Seli_vallavalitsus_Parnumaal, lk 18
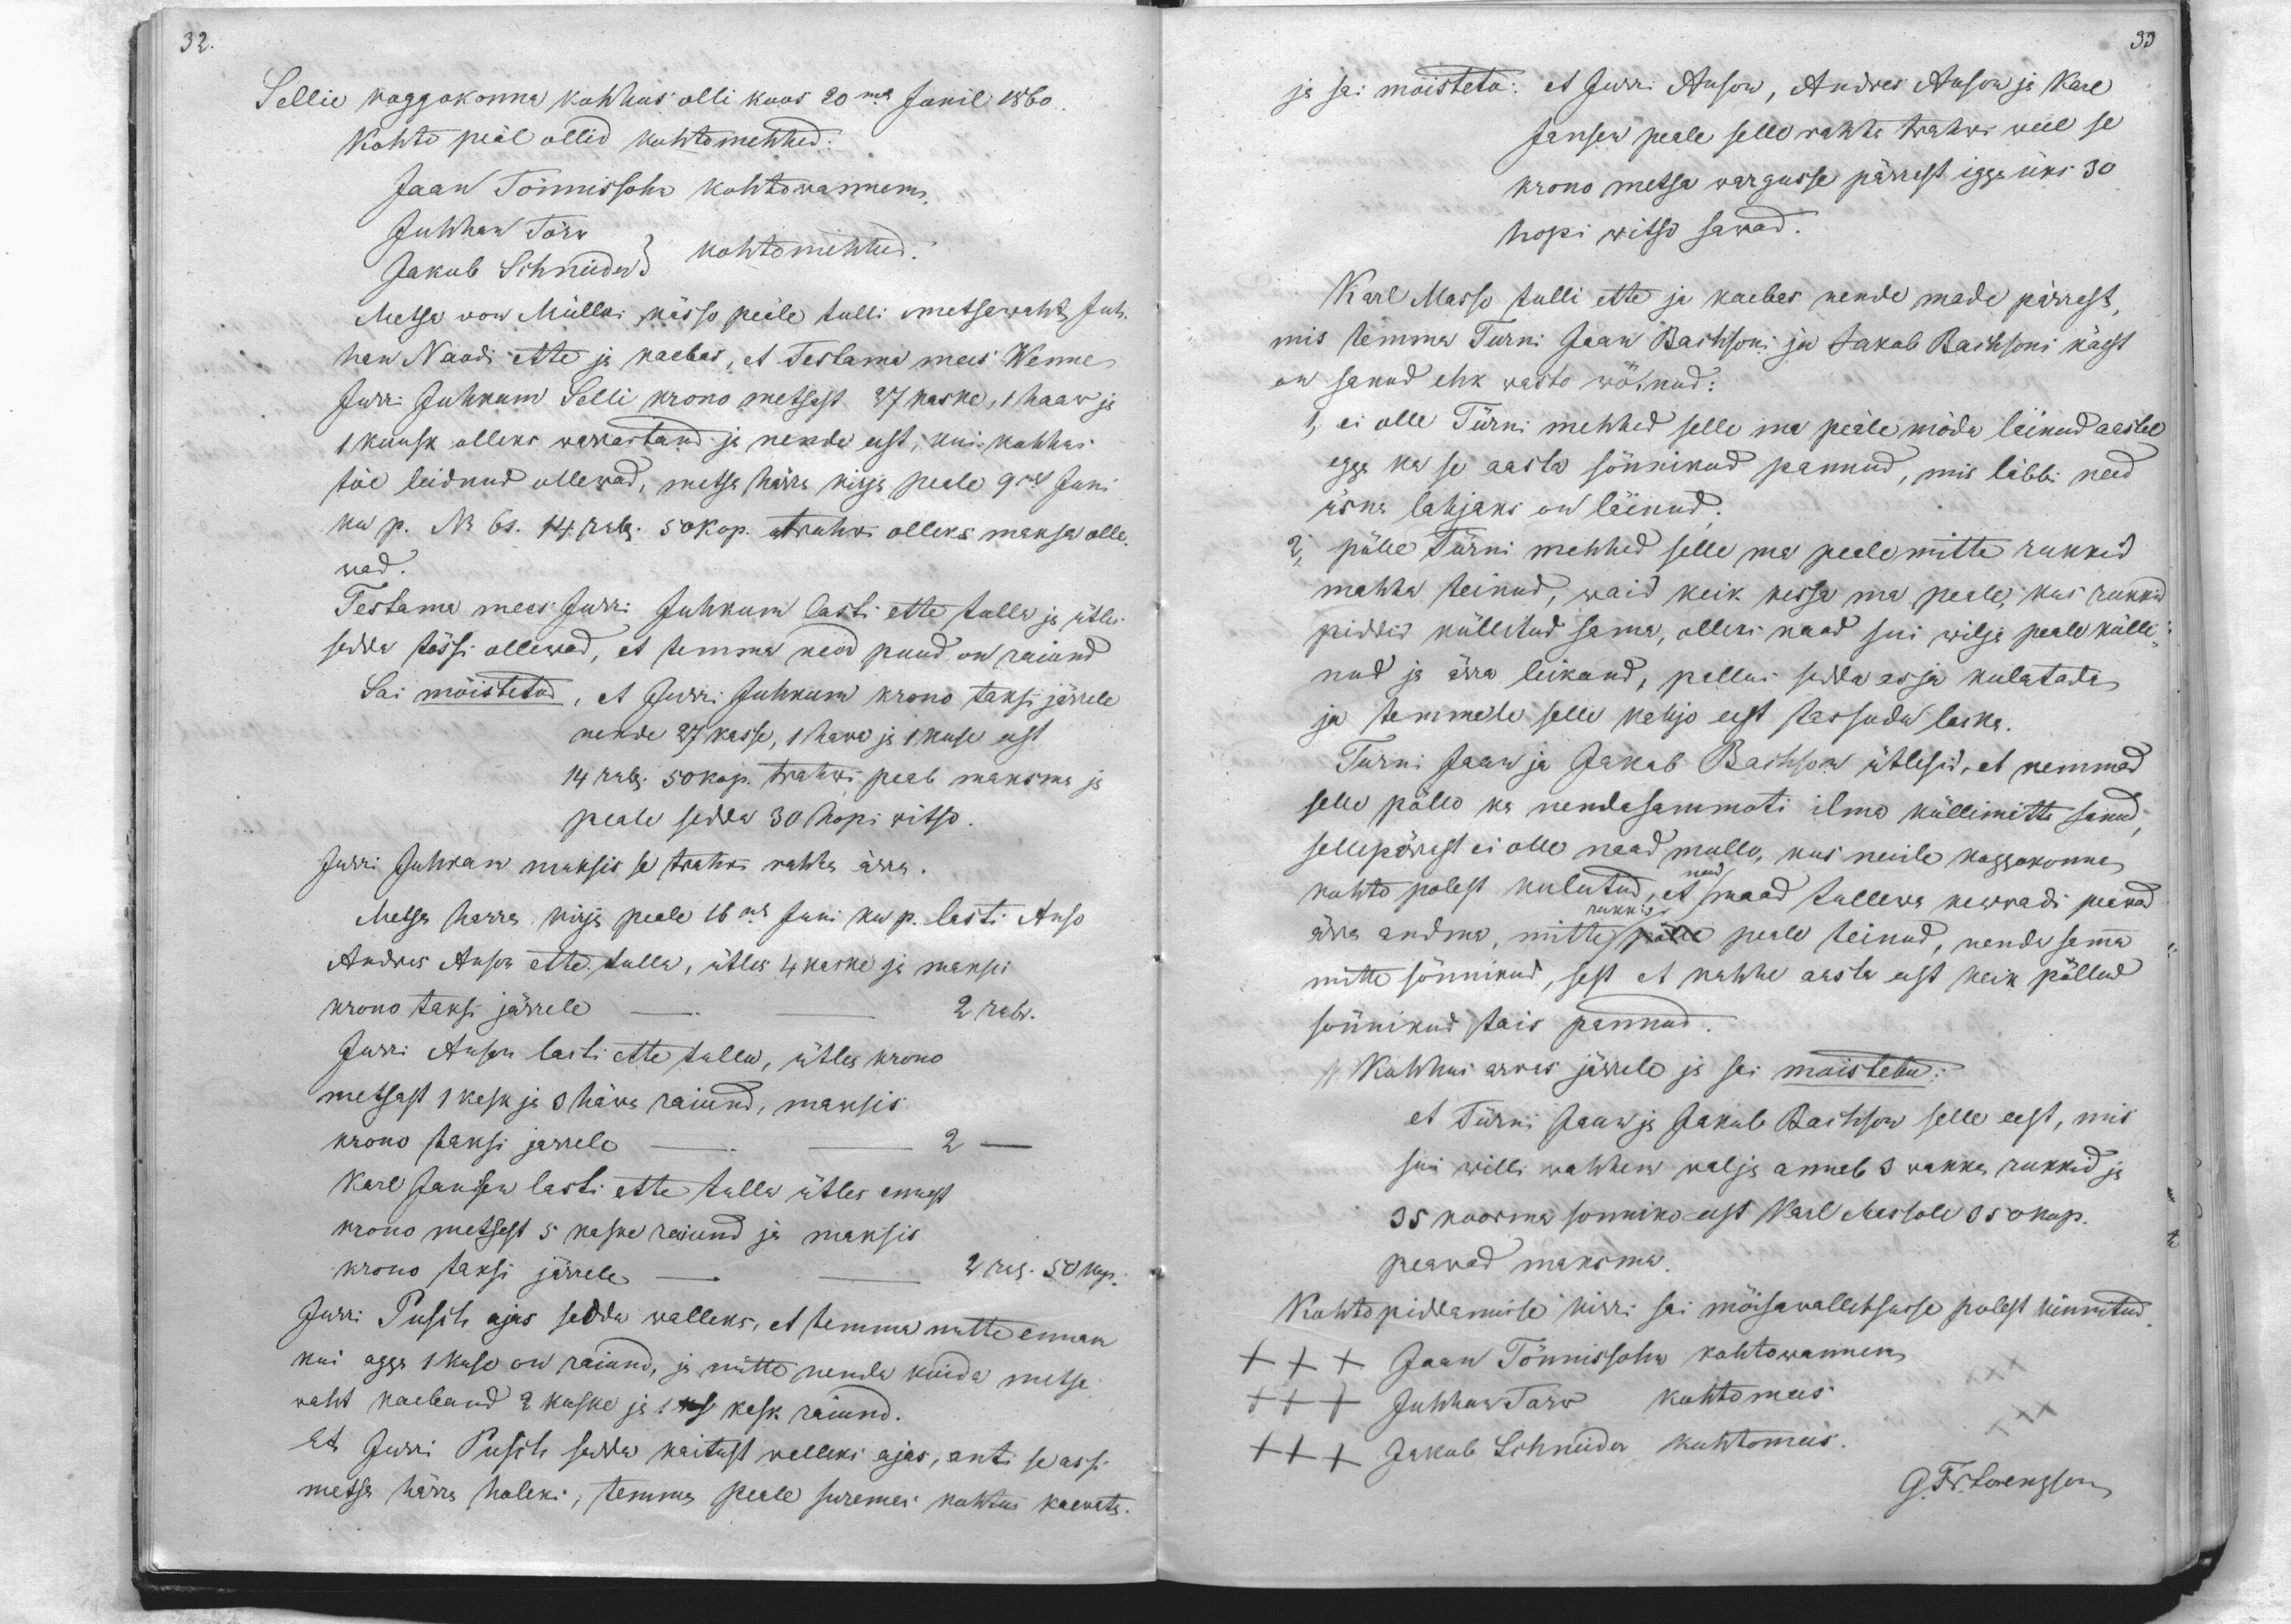
32.

33

Sellie koggokonna kohhus olli koos 20ma Junil 1860
kohto peal ollid kohtomehhed:
Jaan Tönnissoni kohtowannem
Jakob Schneider kohtomehhed.
Juhhan Törw
Metsa von Mülleri kässo peäle tulli metsawaht, Juh-
han Nandi ette ja kaebas, et Testama mees Wenne
Jurri Juhkam Selli krono metsast 27 kaske, 1 haaw ja
1 kuusk olleks warrastand ja nende eest, kui kohhus
töe leidnud ollewad, metsa härra kirja peale 9mal Juni
ku p. NB 61. 14 rub. 50 kop. trahw olleks maksa olle-
wad.
Testama mees Jürri Juhkum lasti ette tulla ja ütles
sedda tõssi ollewad, et temma need puud on raiund
Sai möistetud, et Jürri Juhkum krono taksi järrele
nende 27 kasse, 1 hawa ja 1 kuse eest
14 rub. 50 kop. trahwi peab maksma ja
peale seda 30 hopi witso.
Jurri Juhkam maksis se trahw rahha ärra.
Metsa herra kirja peale 16mal Juni ku p. lasti Anso
Andres Anson ette tulla, ütles 4 kaske ja maksis
krono taksi järrele
2 rub.
Jürri Anson lasti ette tulla, ütles krono
metsast 1 kesk ja 3 häwa raiund, maksis
krono taksi järrele
2
Karl Jansen lasti ette tulla ütles ennast
krono metsast 5 kaske raiund ja maksis
krono taksi järrele
2 rub. 50 kop.
Jurri Pusch ajas sedda walleks, et temma mitte ennam
kui agga 1 kuse on raiund, ja mitte nende kuida metsa
waht kaeband 2 kuske ja 1 kas kask raiund.
Et Jurri Pusch sedda naitust walleks ajas, anti se assi
metsa härra holeks, temma peale suremas kohtus kaewata.

ja sai möisteto: et Jurri Anson, Andres Anson ja Karl
Jansen peale selle rahha trahwi weel se
krono metsa wargusse pärrast igga üks 30
hopi witso sawad.
Karl Masso tulli ette ja kaebas nende made pärrast,
mis temma Turni Jaan Bachsoni ja Jakob Bachsoni käest
on sanud ehk wasto wötnud:
1, ei olle Türni mehhed selle ma peäle möda lainud aastal
egga ka se aasta sönnikud pannud, mis läbbi need
üsna lahjaks on läinud.
2, pälle Türni mehhed selle ma peale mitte rukkid
mahha teinud, waid keik keswa ma peale, kus rukkid
piddid küllitud sama, olleks naad sui wilja peale külla-
nud ja ärra leikand, pallus sedda asja kulatada
ja temmale selle kahjo eest tassuda laska.
Turni Jaan ja Jakob Bachson ütlesid, et nemmad
selle pöllo ka nendasammoti ilma küllimitta sanud,
sellepärast ei olle naad mullo, kus neile koggokonna
kohto polest kulutud, et maad tullewa kewwadi peawad
rukkis
ärra andma, mitte pölle peale teinud, nenda samma
mitte sönnikud, sest et kahhe aasta eest keik pöllud
sönnikud tais pannud.
Kohhus arvas järrele ja sai moistetud:
et Türni Jaaw ja Jakob Bachson selle eest, mis
sai willi wahhem walja annab 3 wakka rukkid ja
35 koorma sonniko eest Karl Massole 350 kop.
peawad maksma.
Kohto piddamise kirri sai möisawallitsusse polest kinnitud
XXX Jaan Tönnissohn kohtowannem
XXX Juhhan Tarw kohtomees
XXX  Jakob Schneider kohtomees.
G. Fr. Lorenzson